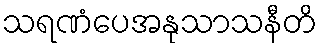
သရဏံပေအနုသာသနီတိ